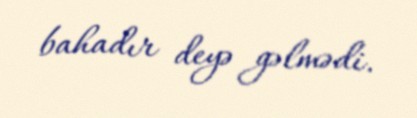
bahadır deyə gəlmədi.